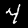
Label: 4